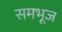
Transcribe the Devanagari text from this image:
समभूज